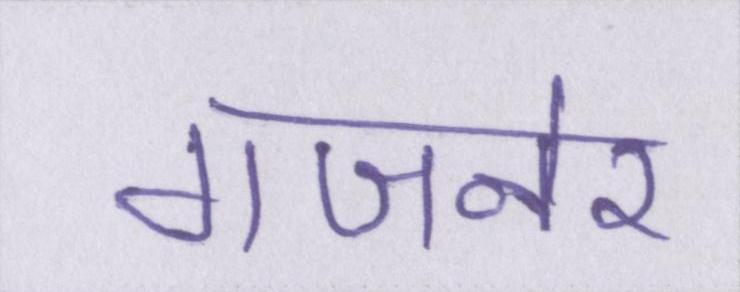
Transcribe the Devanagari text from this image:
गजनेर